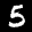
Label: 5